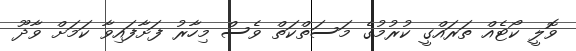
ވޮލީ ކޯޓެއް ތަރައްގީ ކުރުމުގެ މަސަތްކަތް ވެސް މިހާރު ފަށާފައިވާ ކަމަށް ވާދޫ